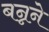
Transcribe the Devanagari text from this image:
बन्नने